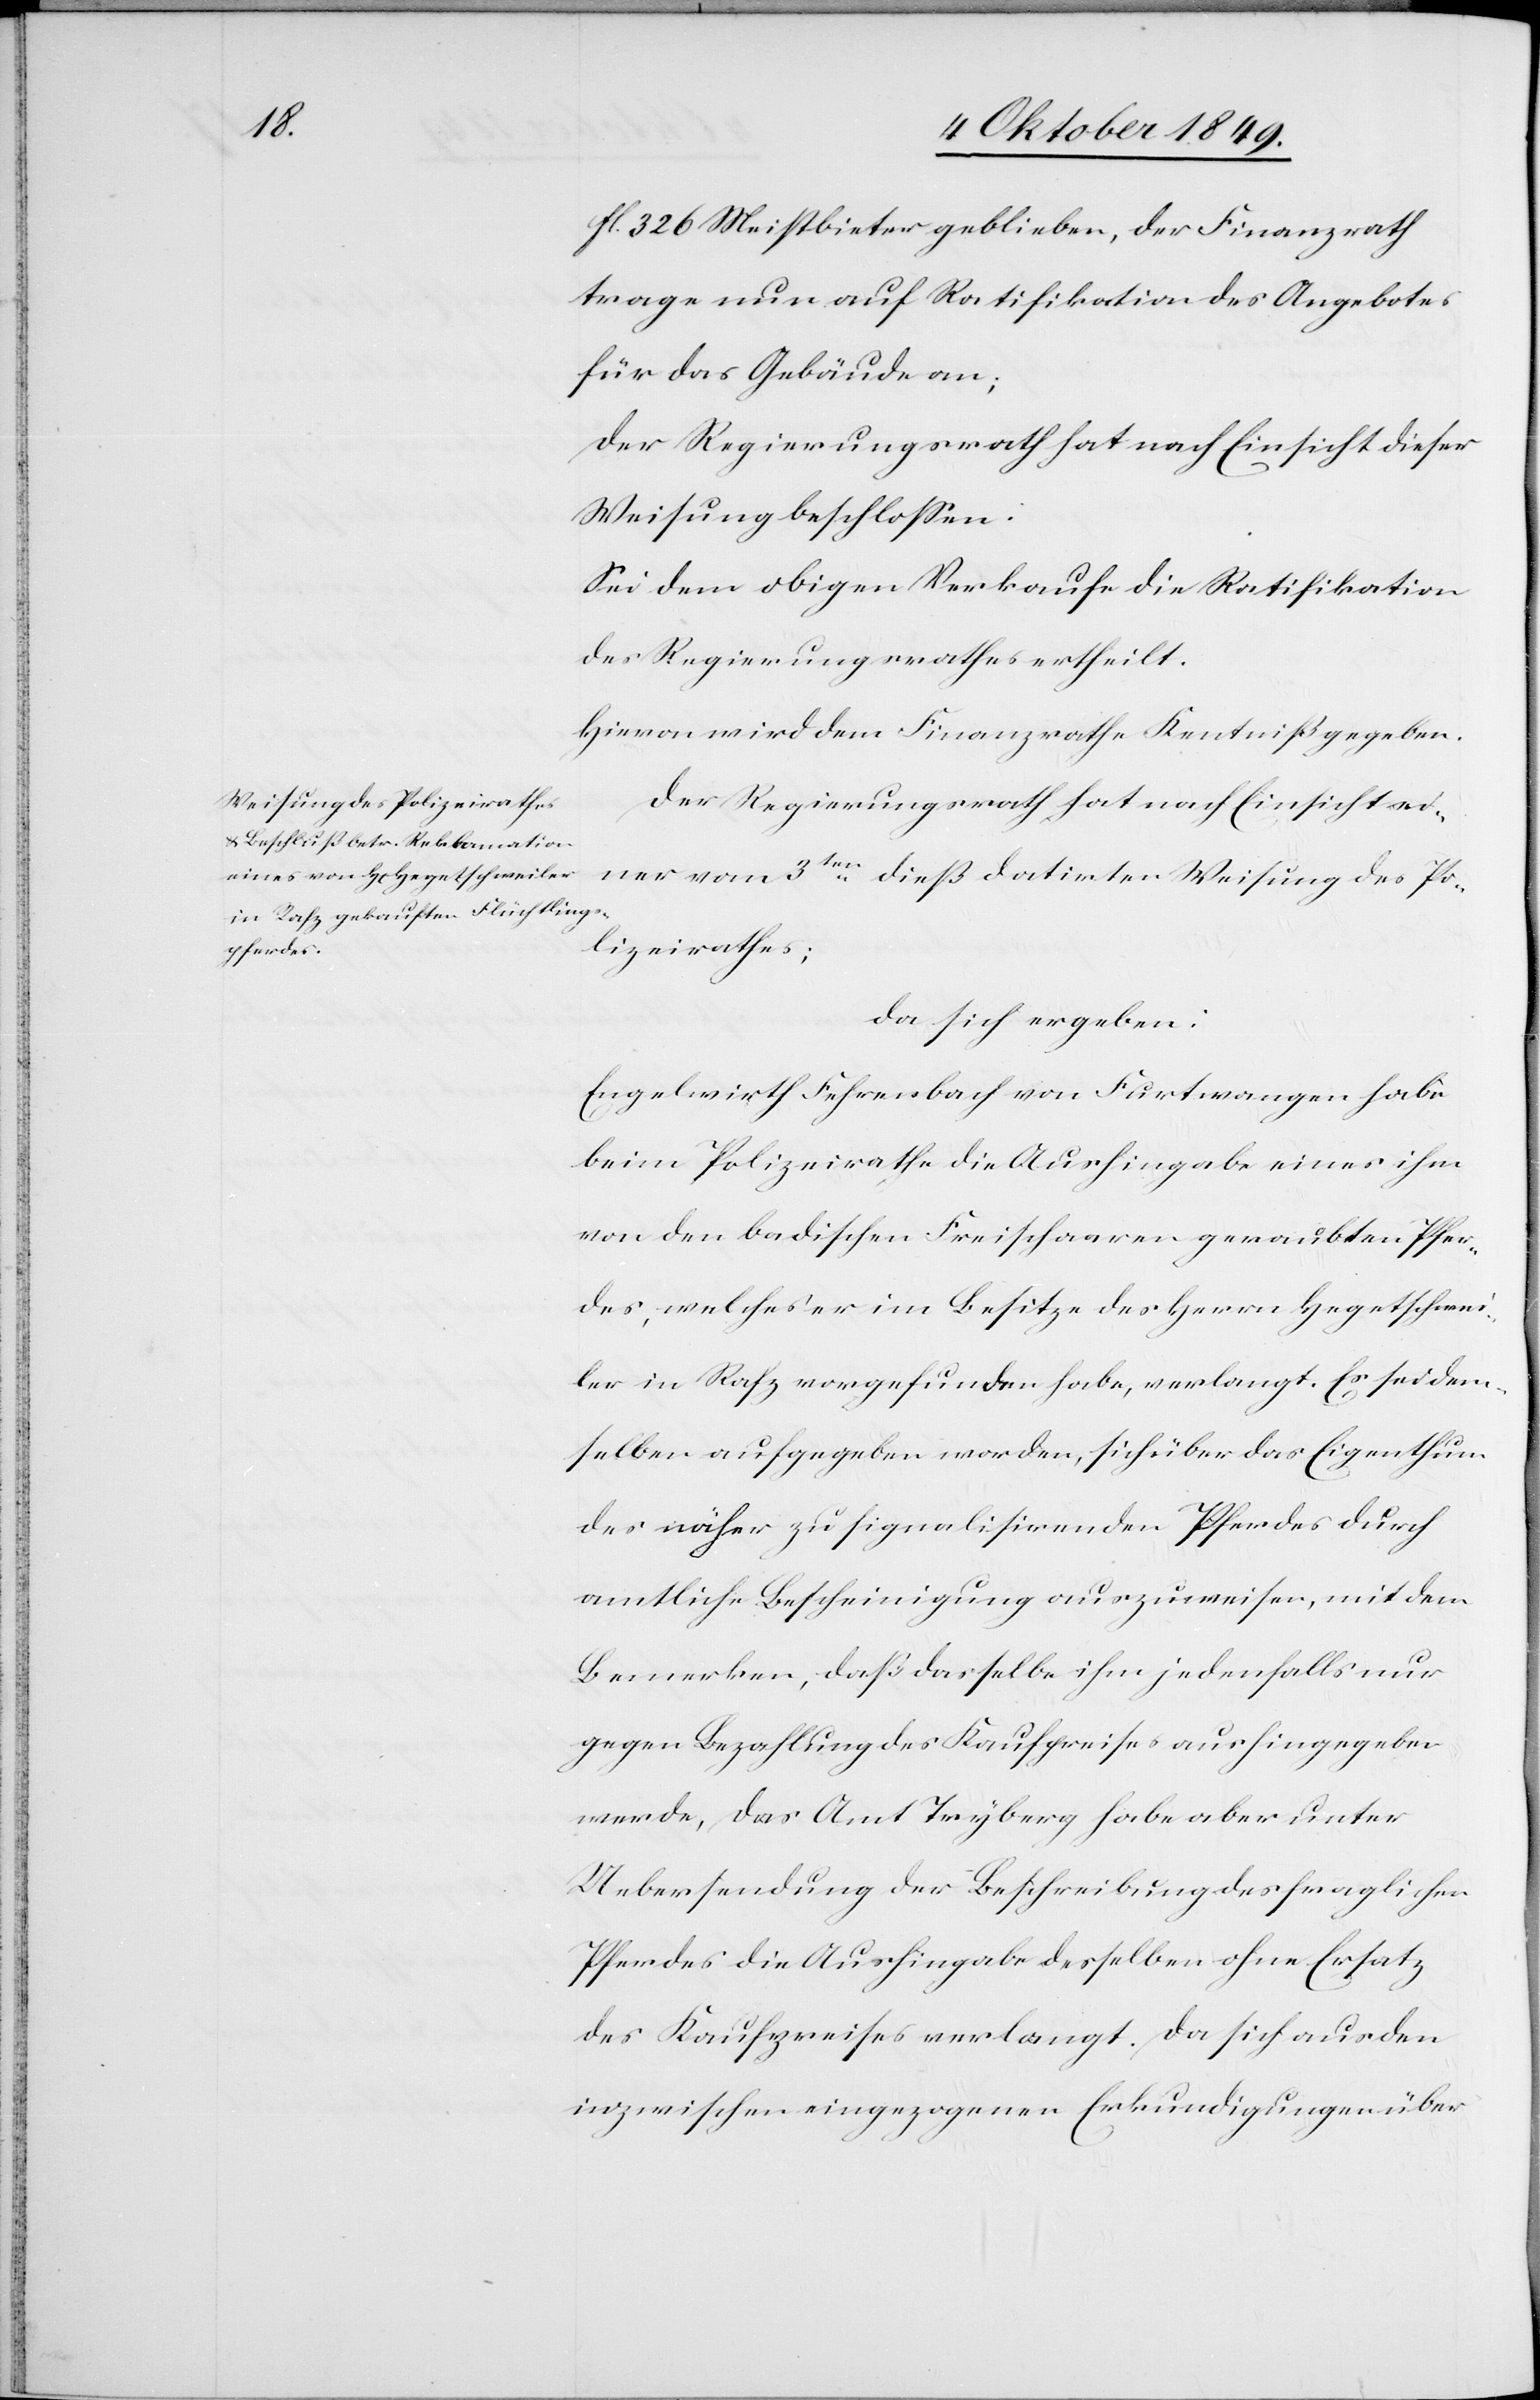
fl. 326 Meistbieter geblieben, der Finanzrath
trage nun auf Ratifikation des Angebotes
für das Gebäude an;
Der Regierungrath hat nach Einsicht dieser
Weisung beschloßen:
Sei dem obigen Verkaufe die Ratifikation
des Regierungsrathes ertheilt.
Hievon wir dem Finanzrathe Kenntniß gegeben.
Der Regierungsrath hat nach Einsicht ei¬
ner vom 3ten dieß datirten Weisung des Po¬
lizeirathes;
da sich ergeben:
Engelwirth Fehrenbach von Furtwangen habe
beim Polizeirathe die Aushingabe eines ihm
von den badischen Freischaaren geraubten Pfer¬
des, welches er im Besitze des Herrn Hegetschwei¬
ler in Rafz vorgefunden habe, verlangt. Es sei dem¬
selben aufgegeben worden, sich über das Eigenthum
des näher zu signalisirenden Pferdes durch
amtliche Bescheinigung auszuweisen, mit dem
Bemerken, daß dasselbe ihm jedenfalls nur
gegen Bezahlung des Kaufpreises aushingegeben
werde, das Amt Tryberg habe aber unter
Uebersendung der Beschreibung des fraglichen
Pferdes die Aushingabe desselben ohne Ersatz
des Kaufpreises verlangt. Da sich aus den
inzwischen eingezogenen Erkundigungen über